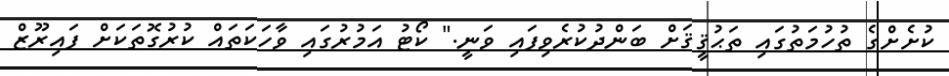
ކުށެށްގެ ތުހުމަތުގައި ތަޙުޤީޤަށް ބަންދުކުރެވިފައި ވަނީ." ކޯޓު އަމުރުގައި ވާހަކަތައް ކުރުގޮތަކަށް ފައިރޫޒް